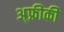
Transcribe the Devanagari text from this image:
अ्फ्रीकी